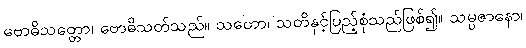
ဗောဓိသတ္တော၊ ဗောဓိသတ်သည်။ သတော၊ သတိနှင့်ပြည့်စုံသည်ဖြစ်၍။ သမ္ပဇာနော၊